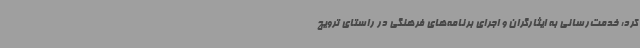
کرد: خدمت‌رسانی به ایثارگران و اجرای برنامه‌های فرهنگی در راستای ترویج